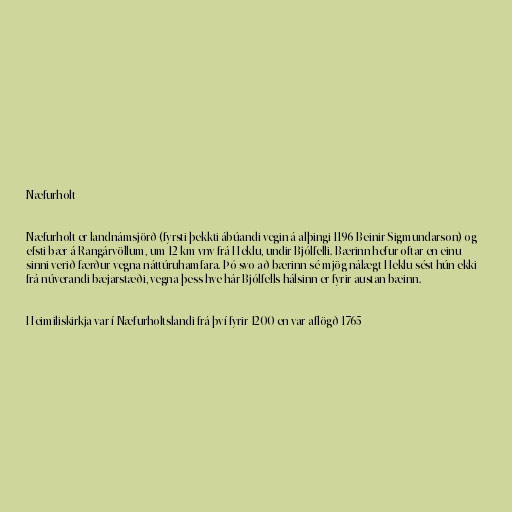
Næfurholt

Næfurholt er landnámsjörð (fyrsti þekkti ábúandi vegin á alþingi 1196 Beinir Sigmundarson) og
efsti bær á Rangárvöllum, um 12 km vnv frá Heklu, undir Bjólfelli. Bærinn hefur oftar en einu
sinni verið færður vegna náttúruhamfara. Þó svo að bærinn sé mjög nálægt Heklu sést hún ekki
frá núverandi bæjarstæði, vegna þess hve hár Bjólfells hálsinn er fyrir austan bæinn.

Heimiliskirkja var í Næfurholtslandi frá því fyrir 1200 en var aflögð 1765